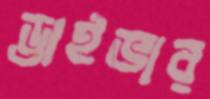
ড্রাইভার